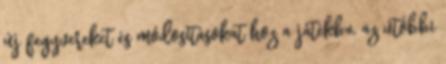
új fegyvereket és módosításokat hoz a játékba, az utóbbi